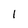
Character: 1